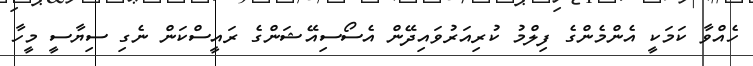
ހެއްވާ ކަމަކީ އެންމެންގެ ފިލްމު ކުރިއަރުވައިދޭން އެސޯސިއޭޝަންގެ ރައީސްކަން ނެގި ސިޔާސީ މީހާ